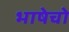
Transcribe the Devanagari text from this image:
भाषेचो